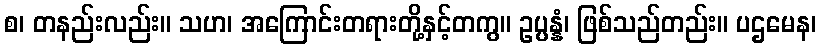
စ၊ တနည်းလည်း။ သဟ၊ အကြောင်းတရားတို့နှင့်တကွ။ ဥပ္ပန္နံ၊ ဖြစ်သည်တည်း။ ပဌမေန၊